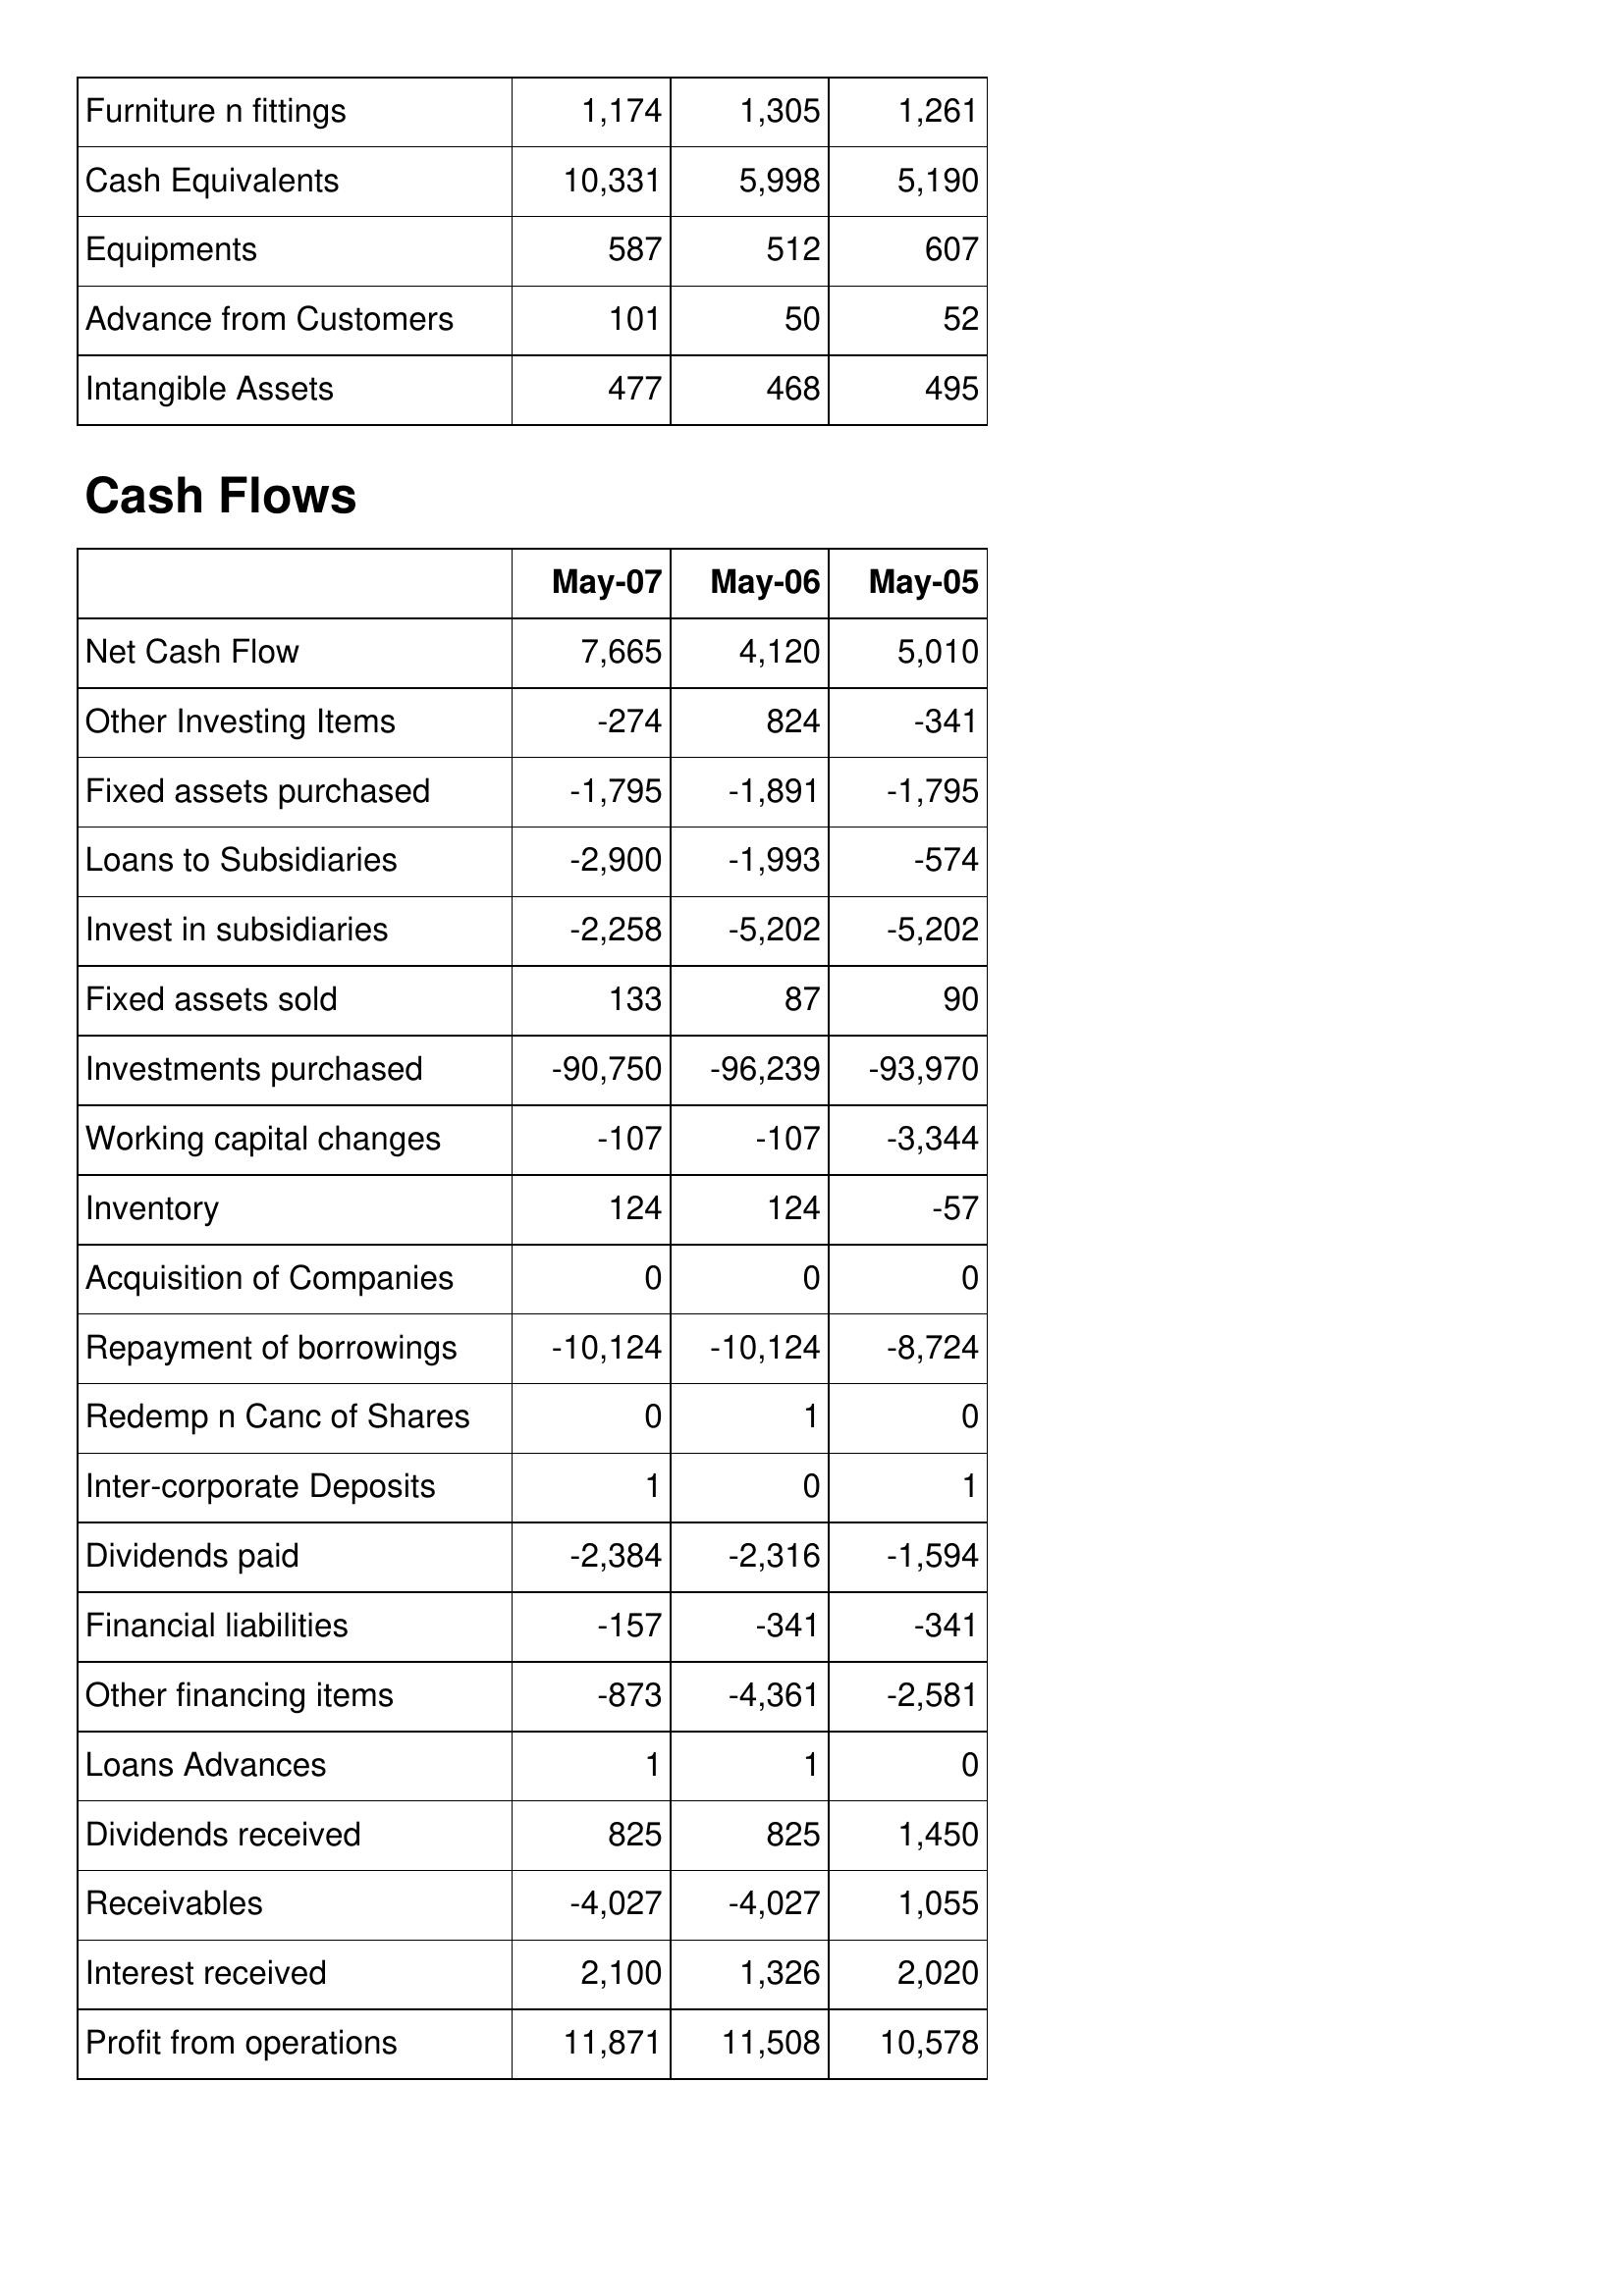
May-07: Balance Sheet: Furniture n fittings: 1,174
Cash Equivalents: 10,331
Equipments: 587
Advance from Customers: 101
Intangible Assets: 477
Cash Flows: Net Cash Flow: 7,665
Other Investing Items: -274
Fixed assets purchased: -1,795
Loans to Subsidiaries: -2,900
Invest in subsidiaries: -2,258
Fixed assets sold: 133
Investments purchased: -90,750
Working capital changes: -107
Inventory: 124
Acquisition of Companies: 0
Repayment of borrowings: -10,124
Redemp n Canc of Shares: 0
Inter-corporate Deposits: 1
Dividends paid: -2,384
Financial liabilities: -157
Other financing items: -873
Loans Advances: 1
Dividends received: 825
Receivables: -4,027
Interest received: 2,100
Profit from operations: 11,871
May-06: Balance Sheet: Furniture n fittings: 1,305
Cash Equivalents: 5,998
Equipments: 512
Advance from Customers: 50
Intangible Assets: 468
Cash Flows: Net Cash Flow: 4,120
Other Investing Items: 824
Fixed assets purchased: -1,891
Loans to Subsidiaries: -1,993
Invest in subsidiaries: -5,202
Fixed assets sold: 87
Investments purchased: -96,239
Working capital changes: -107
Inventory: 124
Acquisition of Companies: 0
Repayment of borrowings: -10,124
Redemp n Canc of Shares: 1
Inter-corporate Deposits: 0
Dividends paid: -2,316
Financial liabilities: -341
Other financing items: -4,361
Loans Advances: 1
Dividends received: 825
Receivables: -4,027
Interest received: 1,326
Profit from operations: 11,508
May-05: Balance Sheet: Furniture n fittings: 1,261
Cash Equivalents: 5,190
Equipments: 607
Advance from Customers: 52
Intangible Assets: 495
Cash Flows: Net Cash Flow: 5,010
Other Investing Items: -341
Fixed assets purchased: -1,795
Loans to Subsidiaries: -574
Invest in subsidiaries: -5,202
Fixed assets sold: 90
Investments purchased: -93,970
Working capital changes: -3,344
Inventory: -57
Acquisition of Companies: 0
Repayment of borrowings: -8,724
Redemp n Canc of Shares: 0
Inter-corporate Deposits: 1
Dividends paid: -1,594
Financial liabilities: -341
Other financing items: -2,581
Loans Advances: 0
Dividends received: 1,450
Receivables: 1,055
Interest received: 2,020
Profit from operations: 10,578